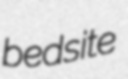
bedsite